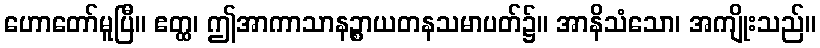
ဟောတော်မူပြီ။ ဧတ္ထ၊ ဤအာကာသာနဉ္စာယတနသမာပတ်၌။ အာနိသံသော၊ အကျိုးသည်။